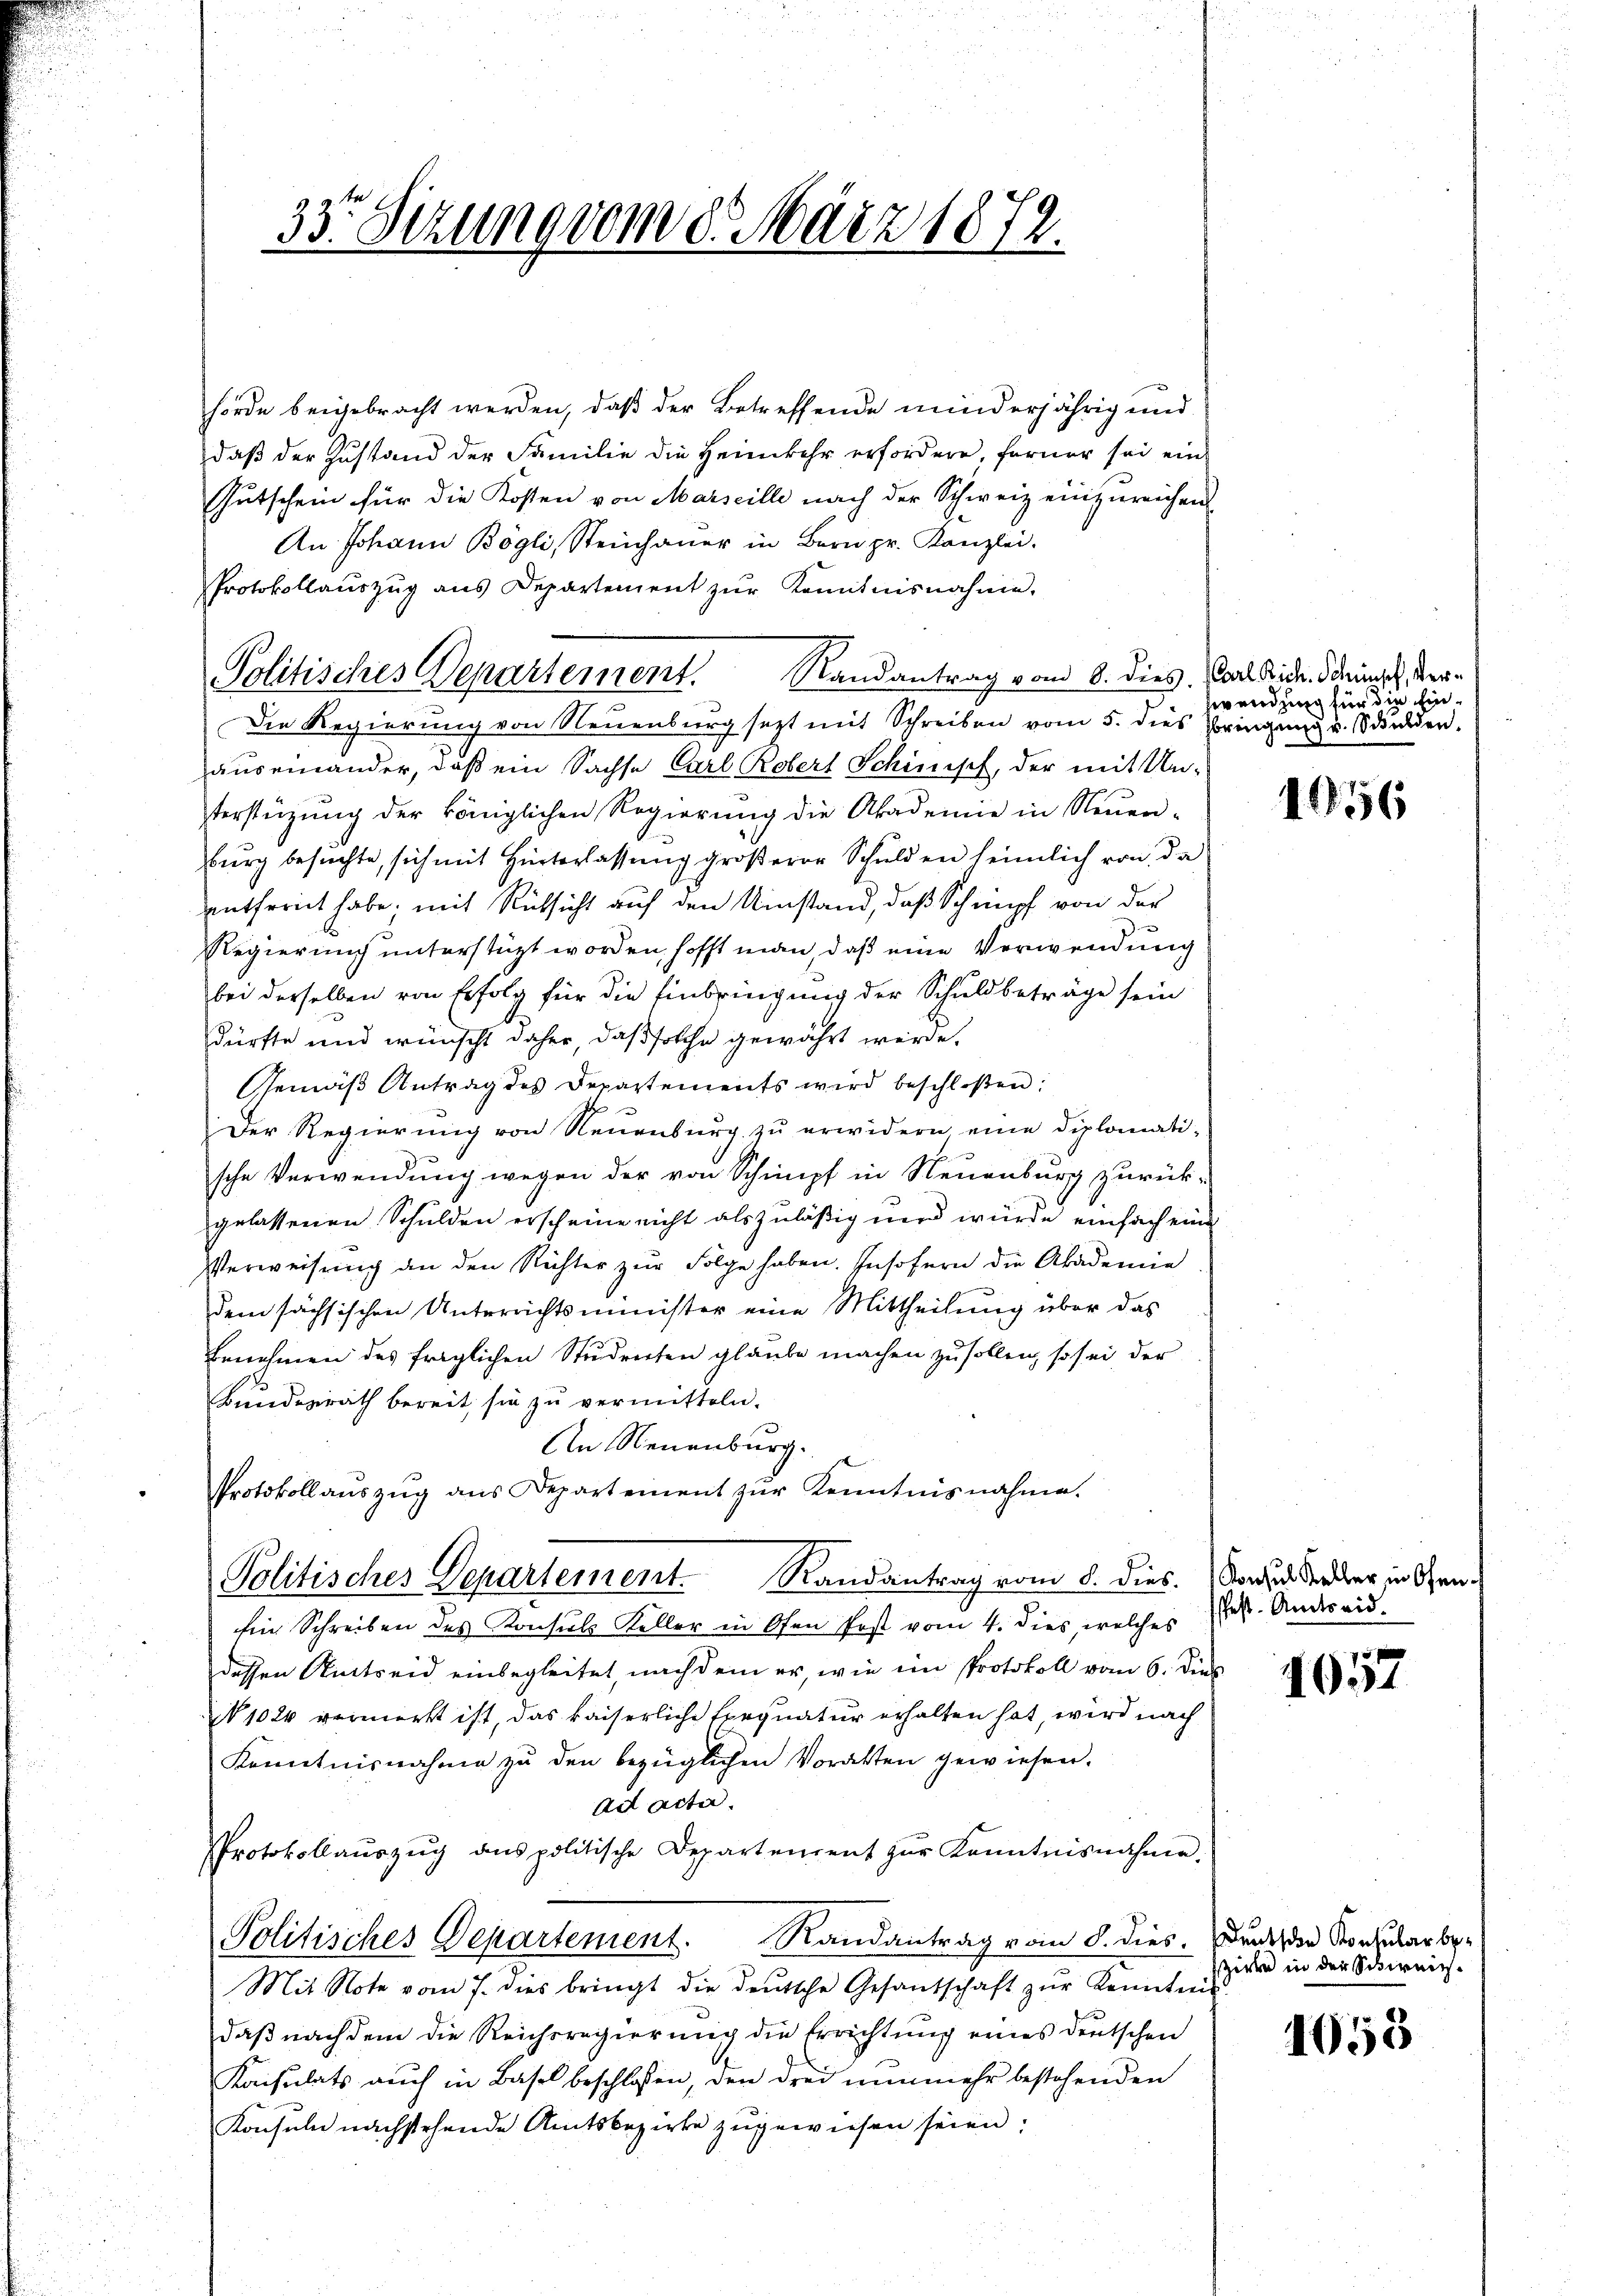
hörde beigebracht werden, daß der Betreffende minderjährig und
daß der Zustand der Familie die Heimkehr erfordere, ferner sei ein
Gutschein für die Kosten von Marseille nach der Schweiz einzureichen
An Johann Bögli, Steinhaŭer in Bern pr. Kanzlei.
Protokollaŭszŭg ans Departement zŭr Kenntnisnahme.
Politisches Departement. Randantrag vom 8. dies. Carlsid. Steinsch, Ver¬
Die Regierung von Neuenburg sezt mit Schreiben vom 5. dies Bringŭng u. Schulden,
auseinander, daß ein Sachse Carl Robert Schinisch, der mit Un-
terstüzung der königlichen Regierung die Akademie in Neuen-
burg besuchte, sich mit Hinterlassung größerer Schulden heimlich von da
entfernt habe; mit Rücksicht auf den Umstand, daß Schumpf von der
f
Regierung unterstüzt worden, hofft man, daß eine Verwendung
bei derselben von Erfolg für die Einbringung der Schuldbeträge sein
dürfte und wünscht daher, daß solche gewährt werde.
Gemäß Antrag des Departements wird beschloßen:
Der Regierung von Neuenburg zu erwidern eine diplomati-
sche Verwendung wegen der von Schimpf in Neuenburg zurückgelassenen Schulden erscheine nicht als zuläßig und würde einfach eine
Verweisung an den Richter zur Folge haben. Insofern die Akademie
dem sächsischen Unterrichtsminister eine Mittheilung über das
Benehmen des fraglichen Studenten glaube machen zu sollen, so sei der
Bundesrath bereit, sie zu vermitteln.
An Neuenburg.
Protokollaŭszŭg ans Departement zŭr Kenntnisnahme.
Politisches Departement. Randantrag vom 8. dies. Von der der in Gen.
Ein Schreiben des Konsuls Keller in Ofen Post vom 4. dies, welches J. Andereisdessen Antreid einbegleitet, nachdem er, wie im Protokoll vom 6. Dies
N 1020 vermerkt ist, das kaiserliche Exequatur erhalten hat, wird nach
Kenntnisnahme zu den bezüglichen Vorakten gewiesen.
ad acta.
PProtokollaŭszŭg ans politische Departement zŭr Kenntnisnahme.
Politisches Departement. Randantrag vom 8. dies. Druck der Vorzuber be¬
Mit Note vom 7. dies bringt die deŭtsche Gesantschaft zŭr Kenntni
daß nach dem die Reichsregierung die Errichtung eines deutschen
Konsulats auch in Basel beschlossen, den drei nunmehr bestehenden
Konsuln nachstehende Amtsbezirke zugewiesen seien;

33. Sizung vom 8. März 1872.

wendung für die Ein¬

1956

1057

sziele in der Schweiz.

1055